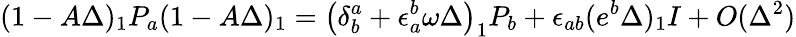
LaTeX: (1-A\Delta)_{1}P_{a}(1-A\Delta)_{1}=\left(\delta_{b}^{a}+\epsilon_{a}^{b}\omega\Delta\right)_{1}P_{b}+\epsilon_{ab}(e^{b}\Delta)_{1}I+O(\Delta^{2})